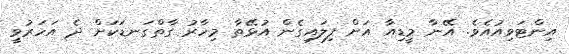
އިންޓަވިއުއެވެ. އޭނާ މީޑިއާ އަށް ފިލައިގެން އުޅޭތާ މިހާރު ގާތްގަނޑަކަށް ދެ އަހަރުވީ